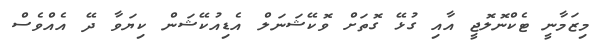
މިޒަމާނީ ޓެކްނޮލޮޖީ އާއި ގުޅޭ ގޮތަށް ވޮކޭޝަނަލް އެޑިއުކޭޝަން ކިޔަވާ ދޭ އެއްވެސް